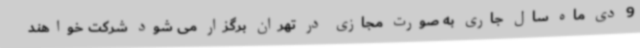
9 دی ماه سال جاری به صورت مجازی در تهران برگزار می شود شرکت خواهند